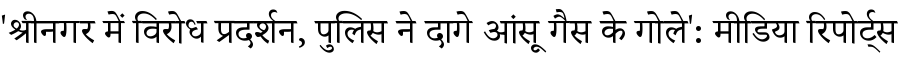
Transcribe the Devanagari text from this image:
'श्रीनगर में विरोध प्रदर्शन, पुलिस ने दागे आंसू गैस के गोले': मीडिया रिपोर्ट्स